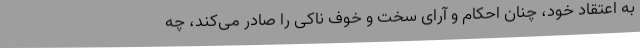
به اعتقاد خود، چنان احکام و آرای سخت و خوف ناکی را صادر می‌کند، چه